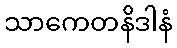
သာကေတနိဒါနံ